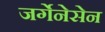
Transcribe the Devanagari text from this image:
जर्गेनेसेन